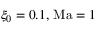
\xi _ { 0 } = 0 . 1 , \, \mathrm { M a } = 1